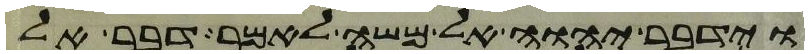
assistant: וידבר יהוה אל משה לאמר דבר אל